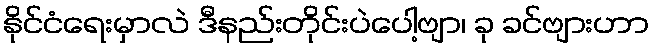
နိုင်ငံရေးမှာလဲ ဒီနည်းတိုင်းပဲပေါ့ဗျာ၊ ခု ခင်ဗျားဟာ